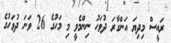
ރައީސް މިދިޔަ އަންގާރަ ދުވަހު ނިންމެވީ މި މަހުގެ 26 ވަނަ ދުވަހުގެ